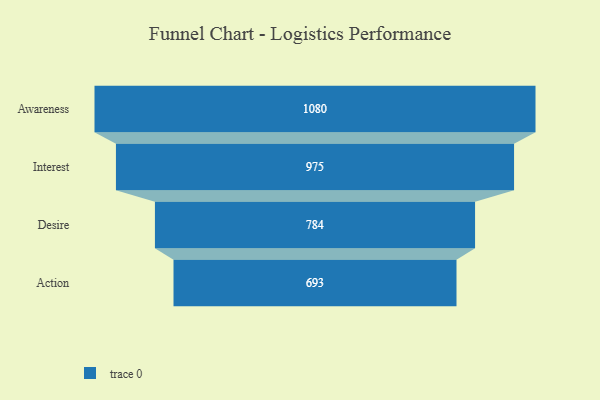
{"axis": {"x": "Stage", "y": "Value"}, "legend": [""], "data": [{"x": "Awareness", "y": 1080.0, "type": ""}, {"x": "Interest", "y": 975.0, "type": ""}, {"x": "Desire", "y": 784.0, "type": ""}, {"x": "Action", "y": 693.0, "type": ""}]}